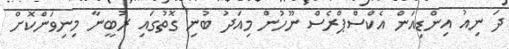
ދަ ނިއު އިންޑިއަން އެކްސްޕްރެސް ނޫހުން މިއަދު ބުނި ގޮތުގައި ރުބީނާ މިނިވަންކޮށް